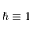
\hbar \equiv 1